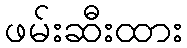
ဖမ်းဆီးထား